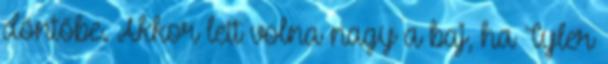
döntőbe. Akkor lett volna nagy a baj, ha Tyler